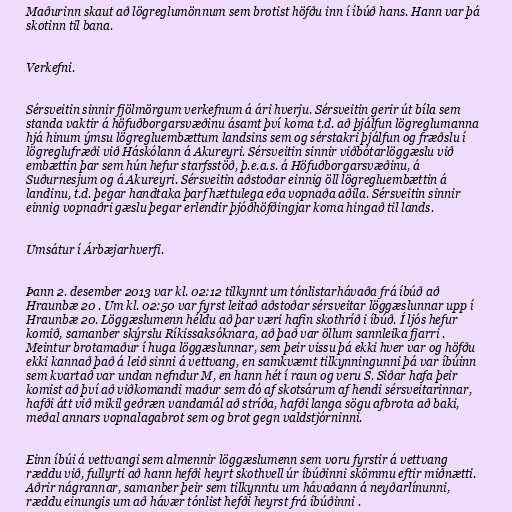
Maðurinn skaut að lögreglumönnum sem brotist höfðu inn í íbúð hans. Hann var þá
skotinn til bana.

Verkefni.

Sérsveitin sinnir fjölmörgum verkefnum á ári hverju. Sérsveitin gerir út bíla sem
standa vaktir á höfuðborgarsvæðinu ásamt því koma t.d. að þjálfun lögreglumanna
hjá hinum ýmsu lögregluembættum landsins sem og sérstakri þjálfun og fræðslu í
lögreglufræði við Háskólann á Akureyri. Sérsveitin sinnir viðbótarlöggæslu við
embættin þar sem hún hefur starfsstöð, þ.e.a.s. á Höfuðborgarsvæðinu, á
Suðurnesjum og á Akureyri. Sérsveitin aðstoðar einnig öll lögregluembættin á
landinu, t.d. þegar handtaka þarf hættulega eða vopnaða aðila. Sérsveitin sinnir
einnig vopnaðri gæslu þegar erlendir þjóðhöfðingjar koma hingað til lands.

Umsátur í Árbæjarhverfi.

Þann 2. desember 2013 var kl. 02:12 tilkynnt um tónlistarhávaða frá íbúð að
Hraunbæ 20 . Um kl. 02:50 var fyrst leitað aðstoðar sérsveitar löggæslunnar upp í
Hraunbæ 20. Löggæslumenn héldu að þar væri hafin skothríð i íbúð. Í ljós hefur
komið, samanber skýrslu Ríkissaksóknara, að það var öllum sannleika fjarri .
Meintur brotamaður í huga löggæslunnar, sem þeir vissu þá ekki hver var og höfðu
ekki kannað það á leið sinni á vettvang, en samkvæmt tilkynningunni þá var íbúinn
sem kvartað var undan nefndur M, en hann hét í raun og veru S. Siðar hafa þeir
komist að því að viðkomandi maður sem dó af skotsárum af hendi sérsveitarinnar,
hafði átt við mikil geðræn vandamál að stríða, hafði langa sögu afbrota að baki,
meðal annars vopnalagabrot sem og brot gegn valdstjórninni.

Einn íbúi á vettvangi sem almennir löggæslumenn sem voru fyrstir á vettvang
ræddu við, fullyrti að hann hefði heyrt skothvell úr íbúðinni skömmu eftir miðnætti.
Aðrir nágrannar, samanber þeir sem tilkynntu um hávaðann á neyðarlínunni,
ræddu einungis um að hávær tónlist hefði heyrst frá íbúðinni .